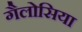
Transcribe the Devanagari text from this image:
गैलोसिया